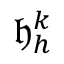
\mathfrak { h } _ { h } ^ { k }